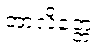
အာလိတ္တေ